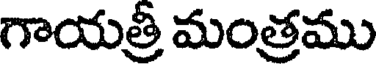
గాయత్రీ మంత్రము